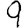
Digit: 9